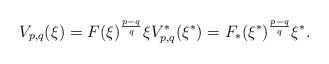
LaTeX: \begin{align*} V_{p,q}(\xi) = F(\xi)^{\frac{p-q}{q}} \xi V_{p,q}^{\ast}(\xi^{\ast}) = F_{\ast}(\xi^{\ast})^{\frac{p-q}{q}} \xi^{\ast}.\end{align*}